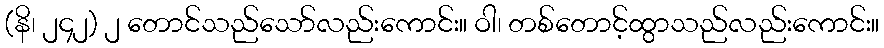
(နိ၊ ၂၄၂) ၂ တောင်သည်သော်လည်းကောင်း။ ဝါ၊ တစ်တောင့်ထွာသည်လည်းကောင်း။